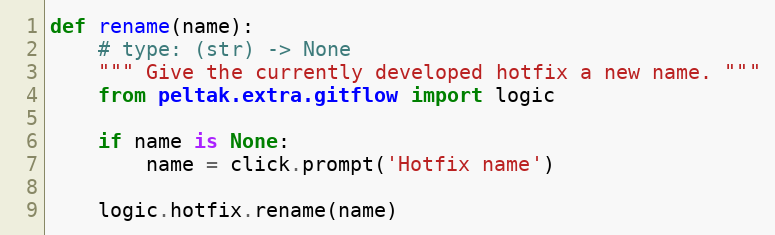
Language: Python
def rename(name):
    # type: (str) -> None
    """ Give the currently developed hotfix a new name. """
    from peltak.extra.gitflow import logic

    if name is None:
        name = click.prompt('Hotfix name')

    logic.hotfix.rename(name)